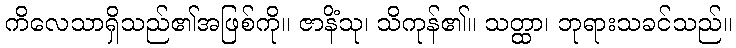
ကိလေသာရှိသည်၏အဖြစ်ကို။ ဇာနိံသု၊ သိကုန်၏။ သတ္ထာ၊ ဘုရားသခင်သည်။